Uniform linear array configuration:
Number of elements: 12
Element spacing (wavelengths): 0.5
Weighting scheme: uniform
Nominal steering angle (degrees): -30
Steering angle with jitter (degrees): -29.377
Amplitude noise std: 0.05
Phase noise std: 0.05

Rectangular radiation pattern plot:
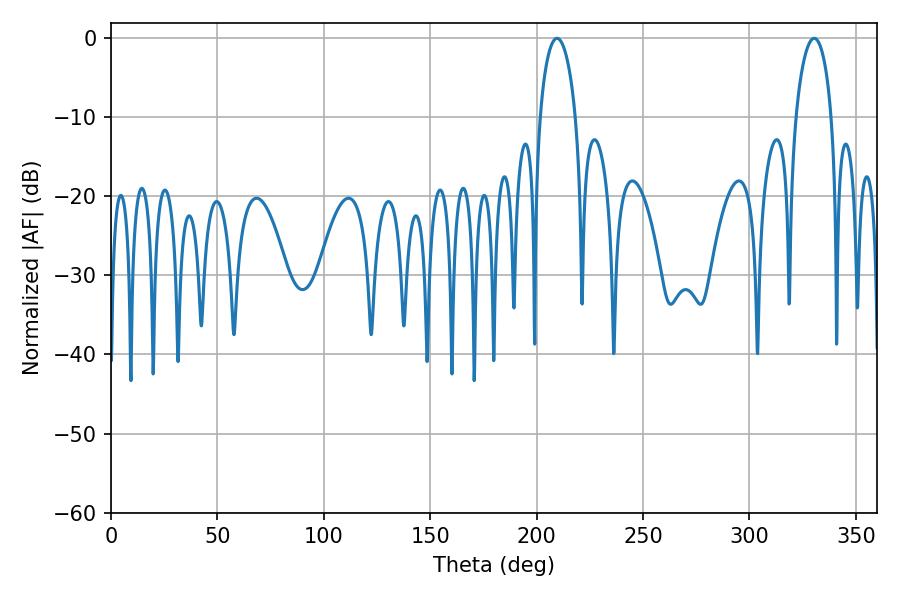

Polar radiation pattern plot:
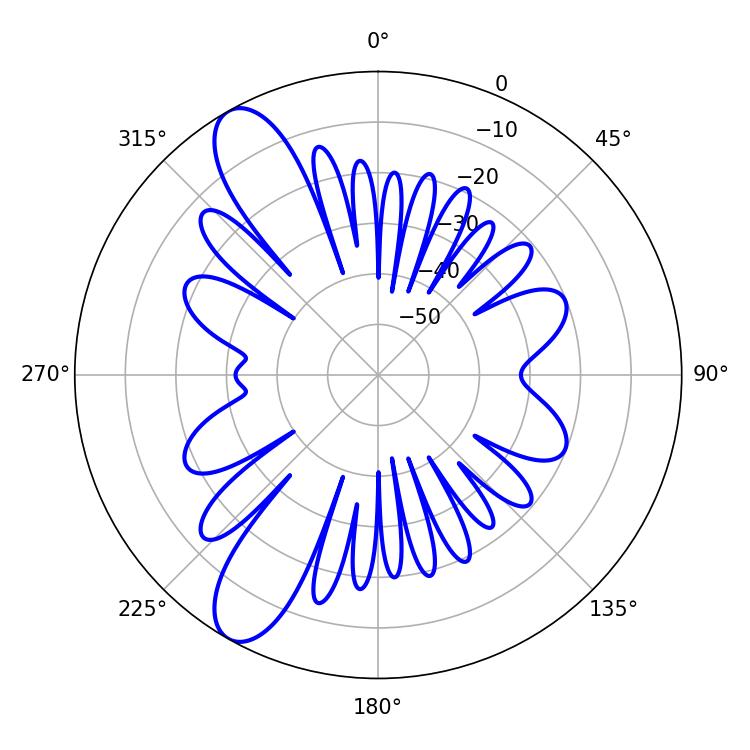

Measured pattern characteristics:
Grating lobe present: FALSE
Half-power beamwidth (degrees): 9.72
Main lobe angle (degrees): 209.52